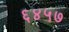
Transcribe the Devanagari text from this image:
६४५७